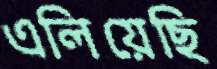
এলিয়েছি